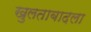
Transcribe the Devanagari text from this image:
खुलताबादला